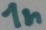
Text: 1n